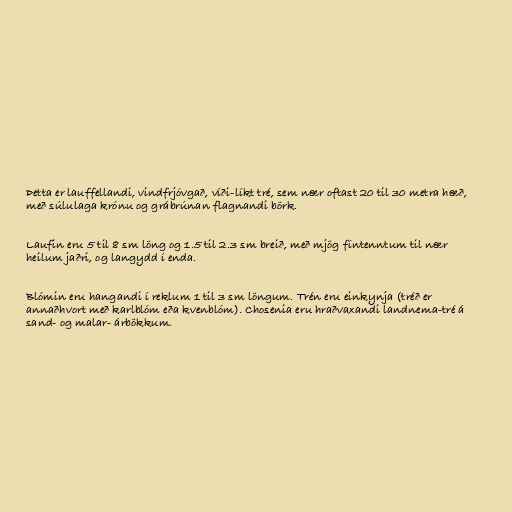
Þetta er lauffellandi, vindfrjóvgað, víði-líkt tré, sem nær oftast 20 til 30 metra hæð,
með súlulaga krónu og grábrúnan flagnandi börk.

Laufin eru 5 til 8 sm löng og 1.5 til 2.3 sm breið, með mjög fíntenntum til nær
heilum jaðri, og langydd í enda.

Blómin eru hangandi í reklum 1 til 3 sm löngum. Trén eru einkynja (tréð er
annaðhvort með karlblóm eða kvenblóm). Chosenia eru hraðvaxandi landnema-tré á
sand- og malar- árbökkum.